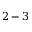
2 - 3